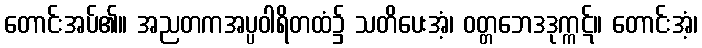
တောင်းအပ်၏။ အညတကအပ္ပဝါရိတထံ၌ သတိပေးအံ့၊ ဝတ္တဘေဒဒုက္ကဋ်။ တောင်းအံ့၊